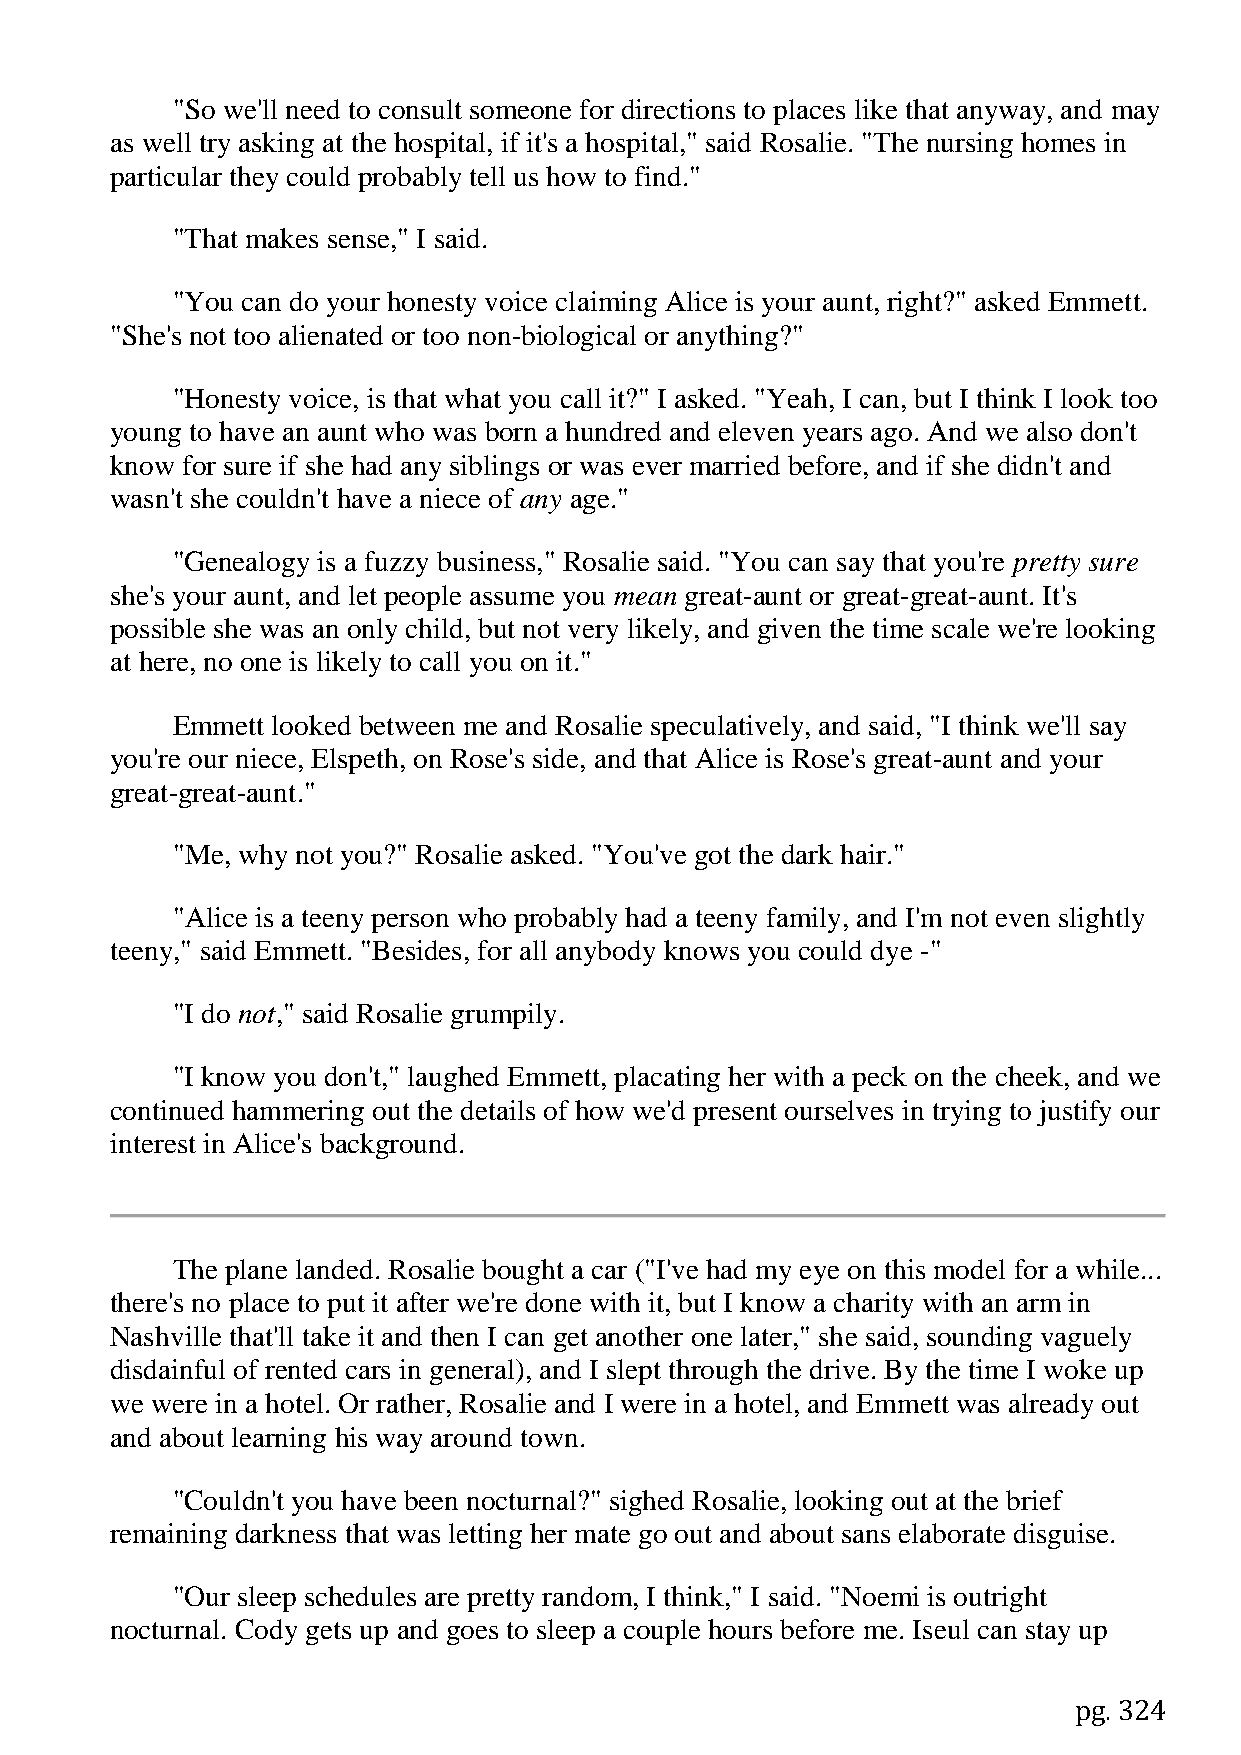
"So we'll need to consult someone for directions to places like that anyway, and may
 as well try asking at the hospital, if it's a hospital," said Rosalie. "The nursing homes in
 particular they could probably tell us how to find."
 "That makes sense," I said.
 "You can do your honesty voice claiming Alice is your aunt, right?" asked Emmett.
 "She's not too alienated or too non-biological or anything?"
 "Honesty voice, is that what you call it?" I asked. "Yeah, I can, but I think I look too
 young to have an aunt who was born a hundred and eleven years ago. And we also don't
 know for sure if she had any siblings or was ever married before, and if she didn't and
 wasn't she couldn't have a niece of any age."
 "Genealogy is a fuzzy business," Rosalie said. "You can say that you're pretty sure
 she's your aunt, and let people assume you mean great-aunt or great-great-aunt. It's
 possible she was an only child, but not very likely, and given the time scale we're looking
 at here, no one is likely to call you on it."
 Emmett looked between me and Rosalie speculatively, and said, "I think we'll say
 you're our niece, Elspeth, on Rose's side, and that Alice is Rose's great-aunt and your
 great-great-aunt."
 "Me, why not you?" Rosalie asked. "You've got the dark hair."
 "Alice is a teeny person who probably had a teeny family, and I'm not even slightly
 teeny," said Emmett. "Besides, for all anybody knows you could dye -"
 "I do not," said Rosalie grumpily.
 "I know you don't," laughed Emmett, placating her with a peck on the cheek, and we
 continued hammering out the details of how we'd present ourselves in trying to justify our
 interest in Alice's background.
 The plane landed. Rosalie bought a car ("I've had my eye on this model for a while...
 there's no place to put it after we're done with it, but I know a charity with an arm in
 Nashville that'll take it and then I can get another one later," she said, sounding vaguely
 disdainful of rented cars in general), and I slept through the drive. By the time I woke up
 we were in a hotel. Or rather, Rosalie and I were in a hotel, and Emmett was already out
 and about learning his way around town.
 "Couldn't you have been nocturnal?" sighed Rosalie, looking out at the brief
 remaining darkness that was letting her mate go out and about sans elaborate disguise.
 "Our sleep schedules are pretty random, I think," I said. "Noemi is outright
 nocturnal. Cody gets up and goes to sleep a couple hours before me. Iseul can stay up
 pg. 324